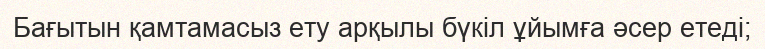
Бағытын қамтамасыз ету арқылы бүкіл ұйымға әсер етеді;